Annual report on the working of the mental hospitals in the Madras Presidency - 1912-1932
Year: 1912
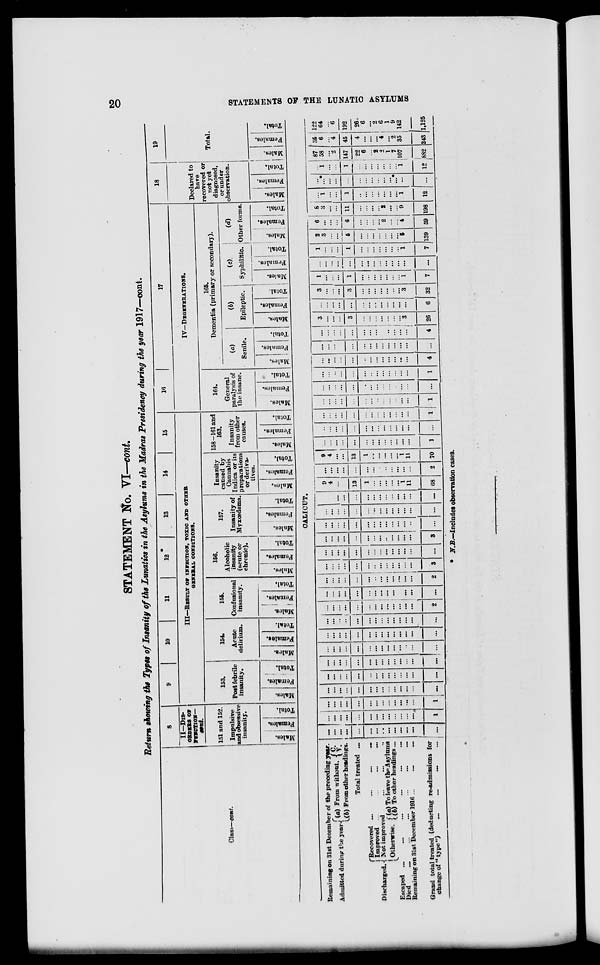
20
STATEMENTS OF THE LUNATIC ASYLUMS
STATEMENT No. VI—cont.
Return showing the Types of Insanity of the Lunatics in the Asylums in the Madras Presidency during the year 1917—cont.
Class—cont.
8
II—DIS-
ORDERS OF
FUNCTION—
cont.
151 and 152.
Impulsive
and obsessive
insanity.
Males.
Females.
Total.
9
10
11
12
13
14
15
III—RESULT OF INFECTION, TOXIC AND OTHER
GENERAL CONDITONS.
153.
Post febrile
insanity.
Males.
Females.
Total.
154.
Acute
delirium.
Males.
Females.
Total.
155.
Confusional
insanity.
Males.
Females.
Total.
156.
Alcoholic
insanity
(acute or
chronic).
Males.
Females.
Tot al .
157.
Insanity of
Myxœdema.
Males.
Females.
Total.
Insanity
caused by
Cannabis
Indica or its
preparations
or deriva-
tives.
Males.
Females.
Total.
158—161 and
163.
Insanity
from other
causes.
Males.
Females.
Total.
16
17
IV—DEGENERATIONS.
164.
General
paralysis of
the insane.
Males.
Females.
Total.
165.
Dementia (primary or secondary).
(a)
Senile.
Males.
Females.
Total.
(b)
Epileptic.
Males.
Females.
Total.
(c).
Syphilitic.
Males.
Females.
Total.
(d)
Other forms.
Males.
Females.
Total.
18
Declared to
have
recovered or
not yet
diagnosed,
or under
observation.
Males.
Females.
Total.
19
Total.
Males.
Females.
Total.
CALICUT.
Remaining on 31st December of the preceding year.
Admitted during the year (a) From without. C.
V.
(b) From other headings.
Total treated ...
Discharged.
Recovered ...
...
...
...
Improved ...
...
...
...
Not improved ... ... ...
Otherwise. (a) To leave the Asylums
(b) To other headings...
Escaped ...
...
...
...
...
...
Died ... ... ... ... ... ...
Remaining on 31st December 1916 ... ... ...
Grand total treated (deducting re-admissions for
change of "type") ... ...
...
...
...
...
...
...
...
...
...
...
...
...
...
...
...
...
...
...
...
...
...
...
...
...
...
...
...
...
...
1
...
...
...
...
...
...
...
...
...
...
...
...
...
1
...
...
...
...
...
...
...
...
...
...
...
...
...
...
...
...
...
...
...
...
...
...
...
...
...
...
...
...
...
...
...
...
...
...
...
...
...
...
...
...
...
...
...
...
...
...
...
...
...
...
...
...
...
...
...
...
...
...
...
...
...
...
...
...
...
...
...
...
...
...
...
...
...
...
...
...
...
...
...
...
...
...
...
...
...
...
...
...
...
...
...
...
...
...
...
...
...
2
...
...
...
...
...
...
...
...
...
...
...
...
...
...
...
...
...
...
...
...
...
...
...
...
...
...
...
2
...
...
...
...
...
...
...
...
...
...
...
...
...
3
...
...
...
...
...
...
...
...
...
...
...
...
...
...
...
...
...
...
...
...
...
...
...
...
...
...
...
3
...
...
...
...
...
...
...
...
...
...
...
...
...
...
...
...
...
...
...
...
...
...
...
...
...
...
...
...
...
...
...
...
...
...
...
...
...
...
...
...
...
...
9
4 ...
...
13
1
...
...
...
...
...
1
11
68
...
...
...
...
...
...
...
...
...
...
...
...
...
2
9
4 ...
...
13
1
...
...
...
...
...
1
11
70
...
...
...
...
...
...
...
...
...
...
...
...
...
1
...
...
...
...
...
...
...
...
...
...
...
...
...
...
...
...
...
...
...
...
...
...
...
...
...
...
...
1
...
...
...
...
...
...
...
...
...
...
...
...
...
1
...
...
...
...
...
...
...
...
...
...
...
...
...
...
...
...
...
...
...
...
...
...
...
...
...
...
...
1
...
...
...
...
...
...
...
...
...
...
...
...
...
4
...
...
...
...
...
...
...
...
...
...
...
...
...
...
...
...
...
...
...
...
...
...
...
...
...
...
...
4
3
...
...
...
3
...
...
...
...
...
...
...
3
26
...
...
...
...
...
...
...
...
...
...
...
...
...
6
3
...
...
...
3
...
...
...
...
...
...
...
3
32
1
...
...
...
1
...
...
...
...
...
...
...
1
7
...
...
...
...
...
...
...
...
...
...
...
...
...
...
1
...
...
...
1
...
...
...
...
...
...
...
1
7
2
3
...
...
5
...
...
...
...
...
...
...
5
139
6
...
...
...
6
...
...
...
...
2
...
...
4
59
8
3
...
...
11
...
...
...
...
2
...
...
9
198
...
1
...
...
1
...
...
...
...
...
...
...
1
12
...
...*
...
...
...
...
...
...
...
...
...
...*
...
...
...
1
...
...
1
...
...
...
...
...
...
...
1
12
87
58
...
2
147
22
6
...
2
2
1
7
107
882
35
6
...
4
45
4
...
...
...
4
...
2
35
243
122
64
...
6
192
26
6
...
2
6
1
9
142
1,125
* N.B.—Includes observation cases.